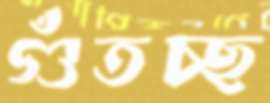
গুঁতচ্ছ